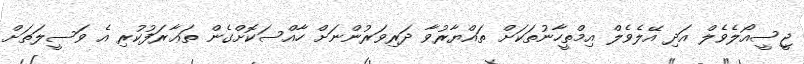
ޖީސީއޯލެވެލް އަދި އޭލެވެލް އިމްތީހާނުތަކަށް ތައްޔާރުވާ ދަރިވަރުންނަށް ހާއްސަކޮށްގެން ތަޢާރަފުކުރި އެ ވަސީލަތަށް